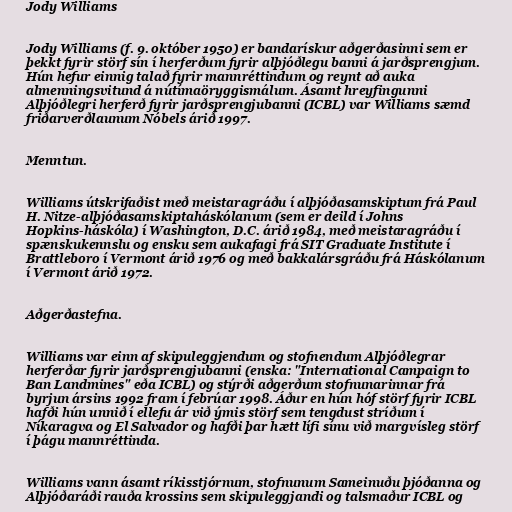
Jody Williams

Jody Williams (f. 9. október 1950) er bandarískur aðgerðasinni sem er
þekkt fyrir störf sín í herferðum fyrir alþjóðlegu banni á jarðsprengjum.
Hún hefur einnig talað fyrir mannréttindum og reynt að auka
almenningsvitund á nútímaöryggismálum. Ásamt hreyfingunni
Alþjóðlegri herferð fyrir jarðsprengjubanni (ICBL) var Williams sæmd
friðarverðlaunum Nóbels árið 1997.

Menntun.

Williams útskrifaðist með meistaragráðu í alþjóðasamskiptum frá Paul
H. Nitze-alþjóðasamskiptaháskólanum (sem er deild í Johns
Hopkins-háskóla) í Washington, D.C. árið 1984, með meistaragráðu í
spænskukennslu og ensku sem aukafagi frá SIT Graduate Institute í
Brattleboro í Vermont árið 1976 og með bakkalársgráðu frá Háskólanum
í Vermont árið 1972.

Aðgerðastefna.

Williams var einn af skipuleggjendum og stofnendum Alþjóðlegrar
herferðar fyrir jarðsprengjubanni (enska: "International Campaign to
Ban Landmines" eða ICBL) og stýrði aðgerðum stofnunarinnar frá
byrjun ársins 1992 fram í febrúar 1998. Áður en hún hóf störf fyrir ICBL
hafði hún unnið í ellefu ár við ýmis störf sem tengdust stríðum í
Níkaragva og El Salvador og hafði þar hætt lífi sínu við margvísleg störf
í þágu mannréttinda.

Williams vann ásamt ríkisstjórnum, stofnunum Sameinuðu þjóðanna og
Alþjóðaráði rauða krossins sem skipuleggjandi og talsmaður ICBL og